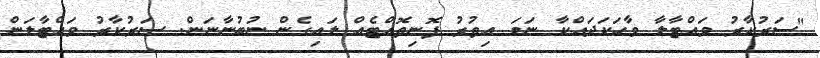
"ސަރުކާރު ވައްޓާލާ ވާހަކަދައްކާ ނަމަ އިތުރު ފޮނިތޮއްޓެއް ލައިގެން ނުބުނާނަން. ސަރުކާރު ވައްޓާލަން